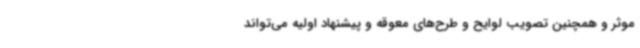
موثر و همچنین تصویب لوایح و طرح‌های معوقه و پیشنهاد اولیه می‌تواند